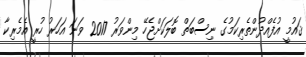
ޤައުމީ އުފެއްދުންތެރިކަމުގެ ނިސްބަތް ބޮލަކަށްޖެހޭ މިންވަރު 2017 ވަނަ އަހަރު ހުރީ އެމެރިކާ